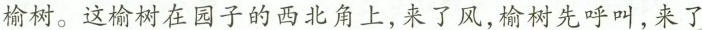
榆树。这榆树在园子的西北角上，来了风，榆树先呼叫，来了